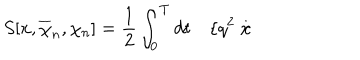
S [ x , \overline { { { \chi } } } _ { n } , \chi _ { n } ] = \frac 1 2 \int _ { 0 } ^ { T } d t \quad \{ q ^ { 2 } \stackrel { . } { x }